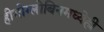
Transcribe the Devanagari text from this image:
हीमोग्लोबिनमध्येही